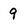
Character: 9